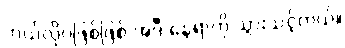
ဘယ်လိုပဲဖြစ်ဖြစ် အဲဒီ နေရာကို သွားသင့်တယ်။